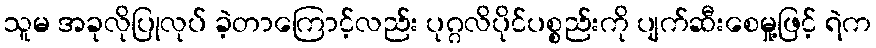
သူမ အခုလိုပြုလုပ် ခဲ့တာကြောင့်လည်း ပုဂ္ဂလိပိုင်ပစ္စည်းကို ပျက်ဆီးစေမှု့ဖြင့် ရဲက